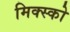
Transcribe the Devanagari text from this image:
मिक्स्को